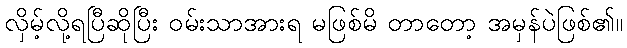
လှိမ့်လို့ရပြီဆိုပြီး ဝမ်းသာအားရ မဖြစ်မိ တာတော့ အမှန်ပဲဖြစ်၏။